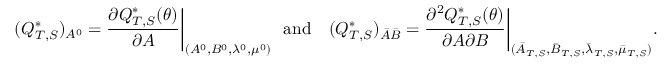
( Q _ { T , S } ^ { * } ) _ { A ^ { 0 } } = \frac { \partial Q _ { T , S } ^ { * } ( \theta ) } { \partial A } \bigg \vert _ { ( A ^ { 0 } , B ^ { 0 } , \lambda ^ { 0 } , \mu ^ { 0 } ) } ~ ~ \mathrm { a n d ~ } ~ ~ ( Q _ { T , S } ^ { * } ) _ { \bar { A } \bar { B } } = \frac { \partial ^ { 2 } Q _ { T , S } ^ { * } ( \theta ) } { \partial A \partial B } \bigg \vert _ { ( \bar { A } _ { T , S } , \bar { B } _ { T , S } , \bar { \lambda } _ { T , S } , \bar { \mu } _ { T , S } ) } .